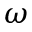
\omega